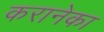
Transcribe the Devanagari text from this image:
करानेका